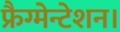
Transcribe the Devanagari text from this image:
फ्रैग्मेन्टेशन।